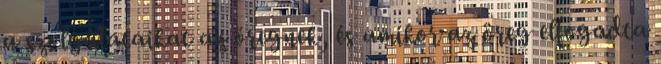
a szolgálataikat az öregnek, és amikor az öreg elfogadta